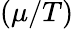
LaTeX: (\mu/T)